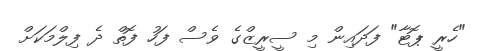
"ހެރީ ޕޮޓާ" ފަދައިން މި ސީރީޒްގެ ވެސް ފަހު ފޮތް ދެ ފިލްމަކަށް